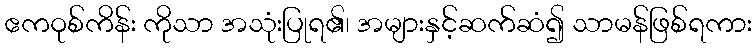
ဧကဝုစ်ကိန်း ကိုသာ အသုံးပြုရ၏၊ အများနှင့်ဆက်ဆံ၍ သာမန်ဖြစ်ရကား